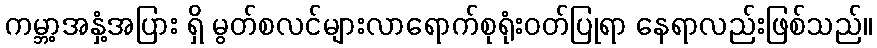
ကမ္ဘာ့အနှံ့အပြား ရှိ မွတ်စလင်များလာရောက်စုရုံးဝတ်ပြုရာ နေရာလည်းဖြစ်သည်။